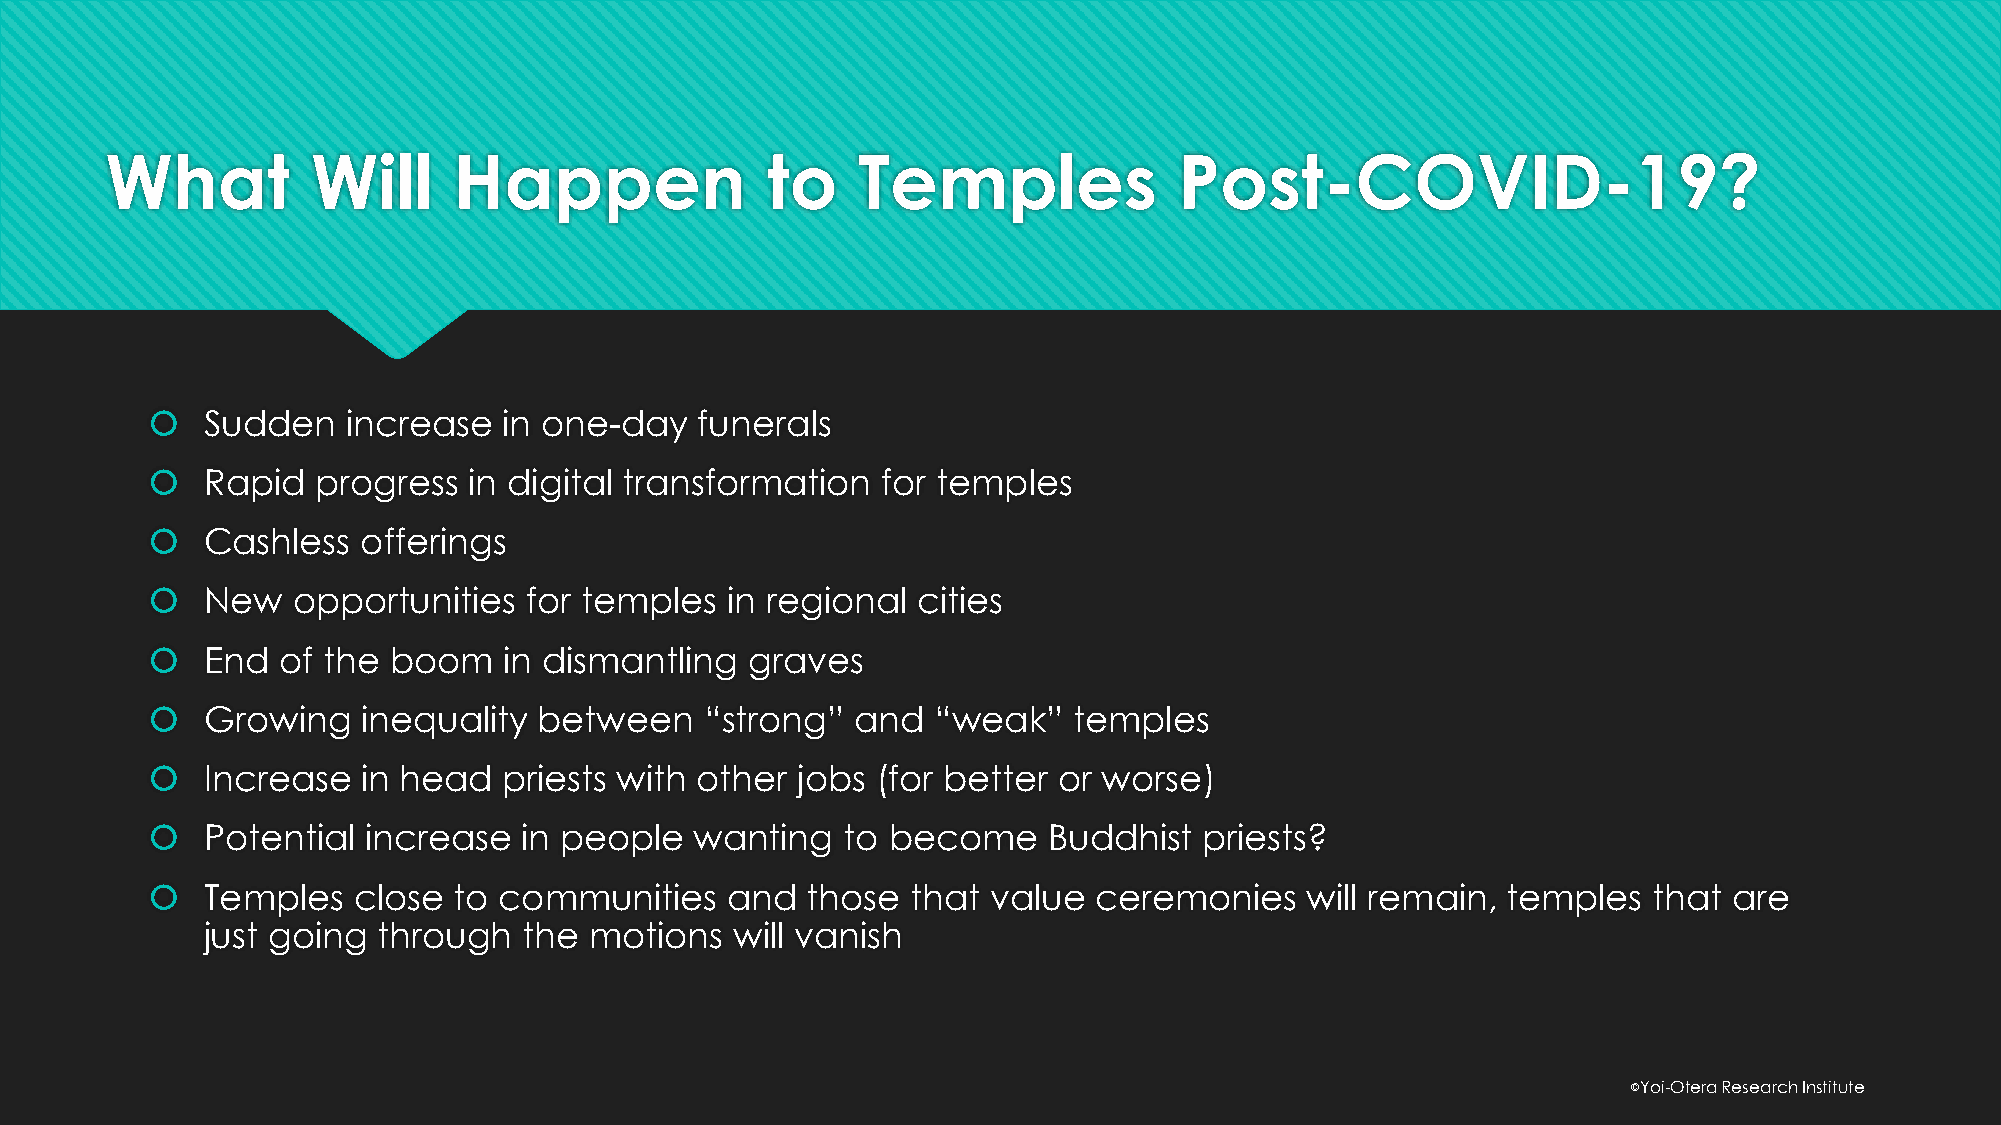
What          Will     Happen               to    Temples              Post-COVID-19?
    Sudden   increase  in one-day   funerals
    Rapid  progress  in digital transformation  for temples
    Cashless  offerings
    New  opportunities   for temples  in regional  cities
    End of the  boom   in dismantling   graves
    Growing   inequality  between    “strong”  and  “weak”   temples
    Increase  in head  priests with other  jobs (for better or worse)
    Potential increase  in people   wanting   to become    Buddhist   priests?
    Temples  close  to communities    and  those  that  value ceremonies    will remain,  temples  that  are
 just going through   the motions   will vanish
 ©️Yoi-Otera Research Institute